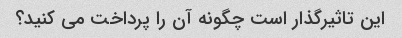
این تاثیرگذار است چگونه آن را پرداخت می کنید؟